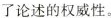
了论述的权威性。